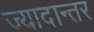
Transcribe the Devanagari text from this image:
ज्यादान्तर